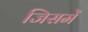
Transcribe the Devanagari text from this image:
जिसमें